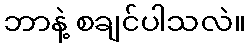
ဘာနဲ့ စချင်ပါသလဲ။